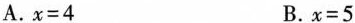
A. $$x = 4$$ B. $$x = 5$$